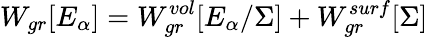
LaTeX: W_{gr}[E_{\alpha}]=W_{gr}^{vol}[E_{\alpha}/\Sigma]+W_{gr}^{surf}[\Sigma]